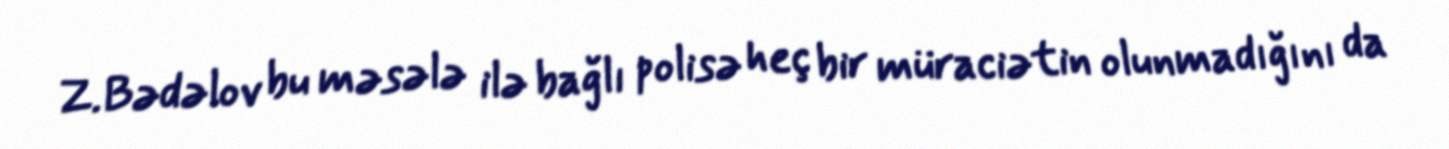
Z.Bədəlov bu məsələ ilə bağlı polisə heç bir müraciətin olunmadığını da